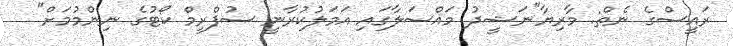
ރައީސްގެ ނެތް: މާރިޔާ"ނަޝީދު މައްސަލާގައި އަމަލުކުރާނީ ސުޕްރީމް ކޯޓުގެ ނިންމުމަށް"